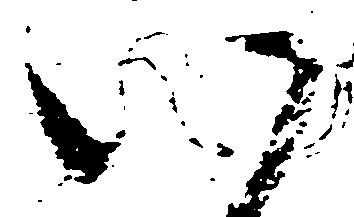
八